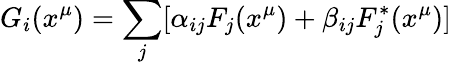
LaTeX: G_{i}(x^{\mu})=\sum_{j}[\alpha_{ij}F_{j}(x^{\mu})+\beta_{ij}F_{j}^{*}(x^{\mu})]